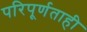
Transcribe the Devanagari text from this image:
परिपूर्णताही